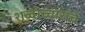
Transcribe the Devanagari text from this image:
शब्दोच्चारांचे